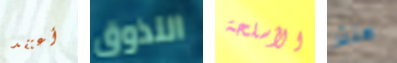
أعتقد التذوق الأسلحة هنتر